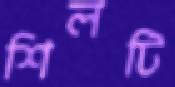
শিলটি